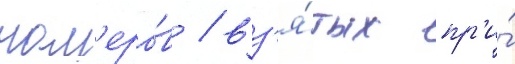
ном'еро́в / вз'я́тых пр'и́